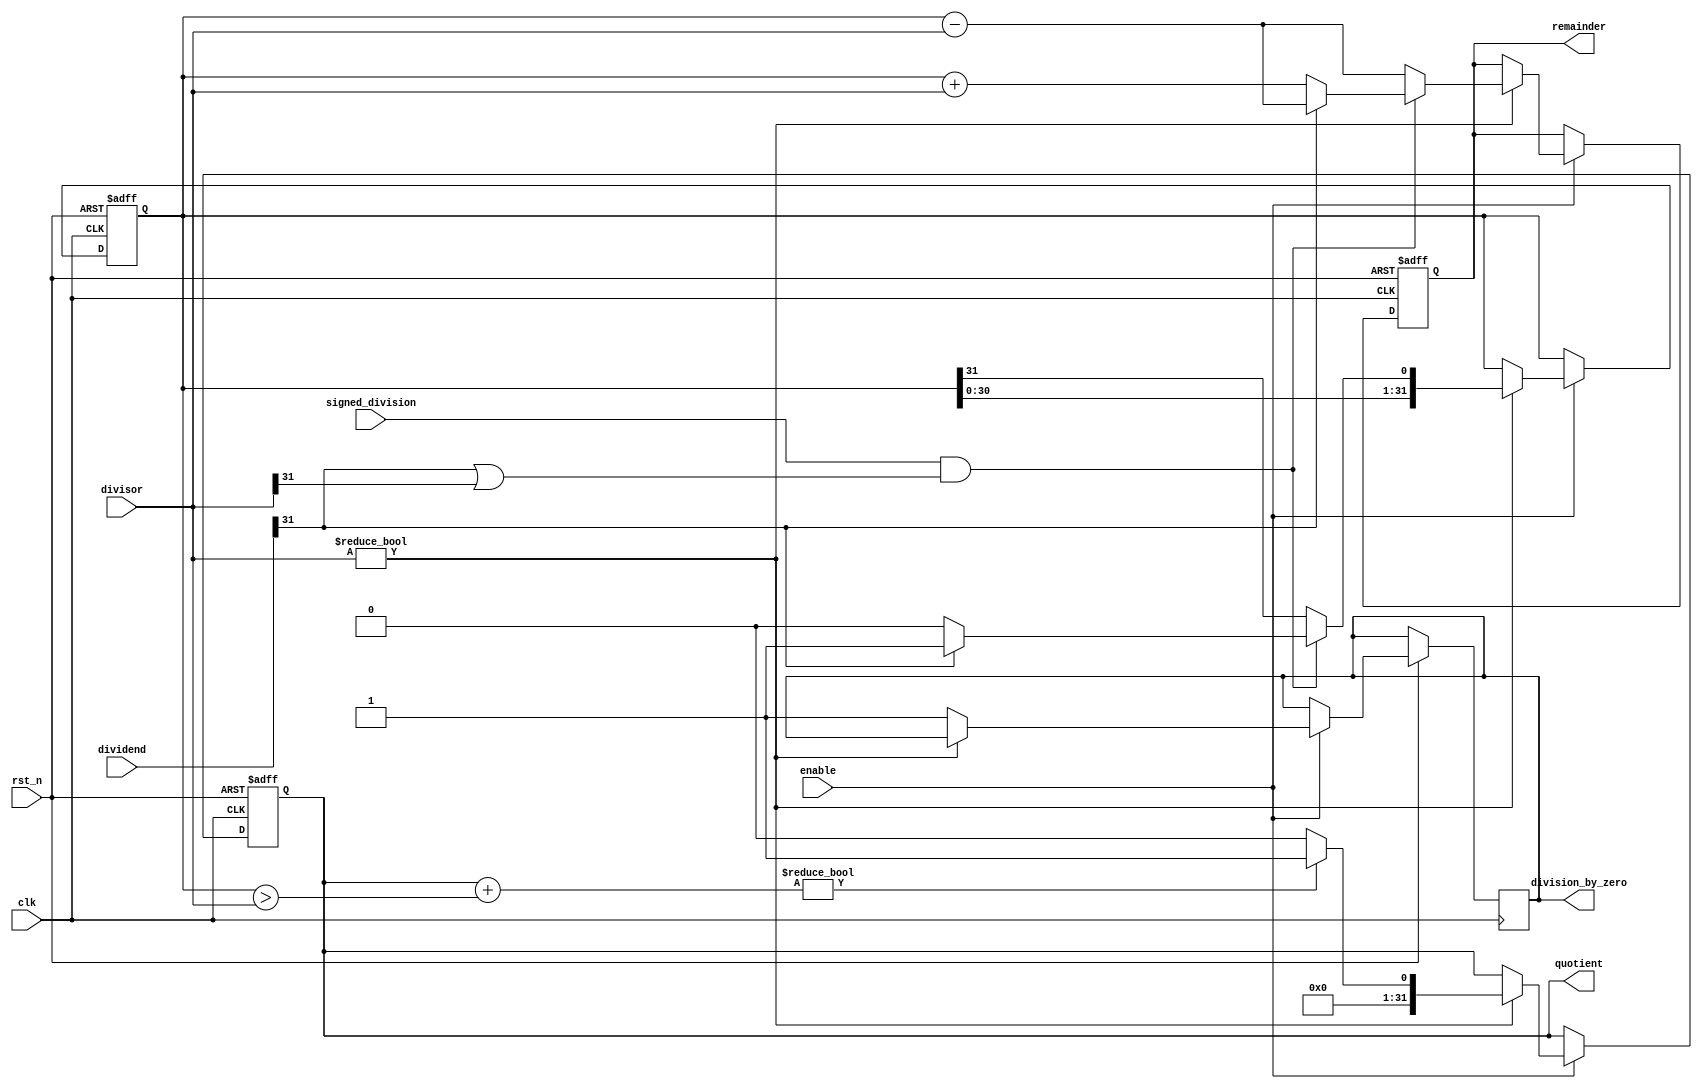
module synchronous_divider (
    input wire clk,
    input wire rst_n,
    input wire enable,
    input wire signed_division,
    input wire [31:0] dividend,
    input wire [31:0] divisor,
    output reg [31:0] quotient,
    output reg [31:0] remainder,
    output reg division_by_zero
);

reg [31:0] dividend_shift_reg;
reg [31:0] quotient_reg;
reg [31:0] remainder_reg;

always @(posedge clk or negedge rst_n) begin
    if (~rst_n) begin
        dividend_shift_reg <= 0;
        quotient_reg <= 0;
        remainder_reg <= 0;
    end else begin
        if (enable) begin
            if (divisor != 0) begin
                if (signed_division && (dividend[31] == 1 || divisor[31] == 1)) begin
                    if (dividend[31] == 1) begin
                        dividend_shift_reg <= {dividend_shift_reg[30:0], 1'b1};
                        remainder_reg <= dividend_shift_reg - divisor;
                    end else begin
                        dividend_shift_reg <= {dividend_shift_reg[30:0], 1'b0};
                        remainder_reg <= dividend_shift_reg + divisor;
                    end
                end else begin
                    dividend_shift_reg <= {dividend_shift_reg[30:0], dividend_shift_reg[31]};
                    remainder_reg <= dividend_shift_reg - divisor;
                end
                quotient_reg <= quotient_reg + (dividend_shift_reg > divisor) ? 1 : 0;
            end else begin
                division_by_zero <= 1;
            end
        end
    end
end

assign quotient = quotient_reg;
assign remainder = remainder_reg;

endmodule